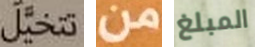
تتخيل من المبلغ